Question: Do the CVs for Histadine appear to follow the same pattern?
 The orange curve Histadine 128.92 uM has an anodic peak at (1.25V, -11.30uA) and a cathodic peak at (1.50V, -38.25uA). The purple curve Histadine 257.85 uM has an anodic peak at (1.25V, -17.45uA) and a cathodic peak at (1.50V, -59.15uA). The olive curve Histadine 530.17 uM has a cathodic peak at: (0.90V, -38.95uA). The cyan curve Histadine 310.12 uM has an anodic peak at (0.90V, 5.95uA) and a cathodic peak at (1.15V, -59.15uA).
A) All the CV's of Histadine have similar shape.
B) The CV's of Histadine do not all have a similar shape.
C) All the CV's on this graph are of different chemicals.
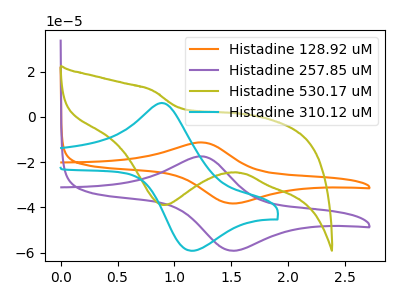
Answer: <think>All the peaks in "Histadine 128.92 uM" have a peak in "Histadine 257.85 uM" at the same potential. "Histadine 128.92 uM" and "Histadine 530.17 uM" have a different number of peaks. "Histadine 128.92 uM" and "Histadine 310.12 uM" have at least one peak that do not match. "Histadine 257.85 uM" and "Histadine 530.17 uM" have a different number of peaks. "Histadine 257.85 uM" and "Histadine 310.12 uM" have at least one peak that do not match. "Histadine 530.17 uM" and "Histadine 310.12 uM" have a different number of peaks.
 </think>
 <answer>A) All the CV's of "Histadine" have similar shape.</answer>
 <eval>A</eval>